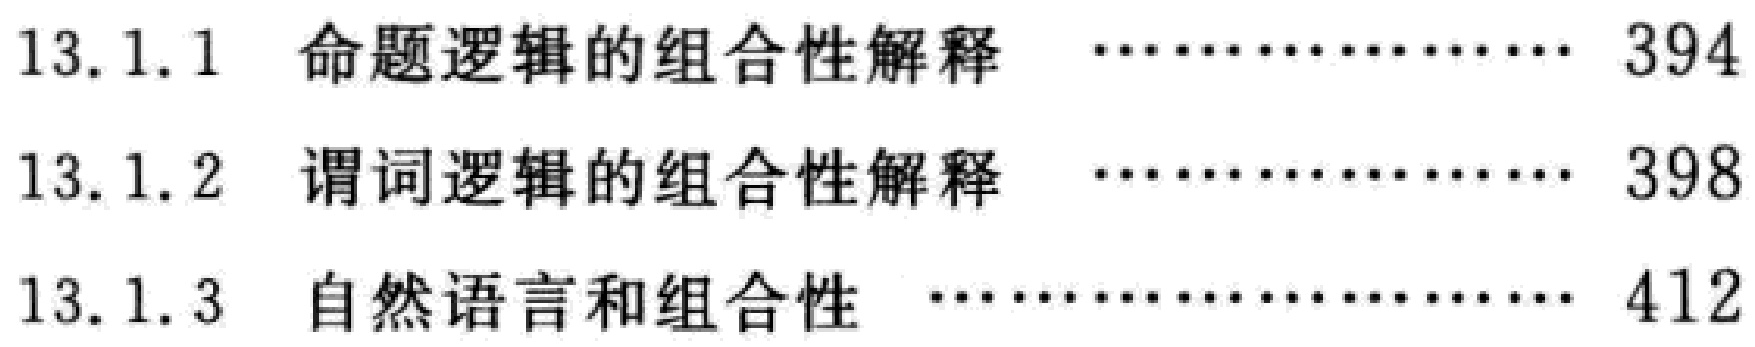
13.1.1 命题逻辑的组合性解释 \dotfill 394

13.1.2 谓词逻辑的组合性解释 \dotfill 398

13.1.3 自然语言和组合性 \dotfill 412